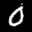
Label: 0